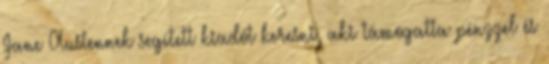
Jane Austennek segített kiadót keresni, aki támogatta pénzzel és